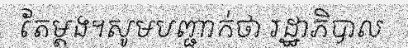
តែម្តង។សូមបញ្ជាក់ថា រដ្ឋាភិបាល